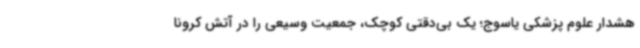
هشدار علوم پزشکی یاسوج؛ یک بی‌دقتی کوچک، جمعیت وسیعی را در آتش کرونا